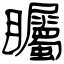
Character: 矚